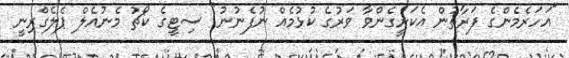
"އަހަރެމެންގެ ފަރާތުން އެކަށީގެންވާ ވަރުގެ ކުޅުމެއް ނުފެނުނު" ސިޓީގެ ކޯޗު މެނުއެލް ޕެލެގްރިނީ